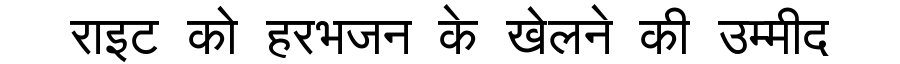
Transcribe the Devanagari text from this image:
राइट को हरभजन के खेलने की उम्मीद